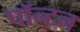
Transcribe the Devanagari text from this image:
पॉन्टन